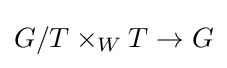
G/T\times _{W}T\to G